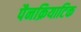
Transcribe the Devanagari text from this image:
पैनक्रियाटिक